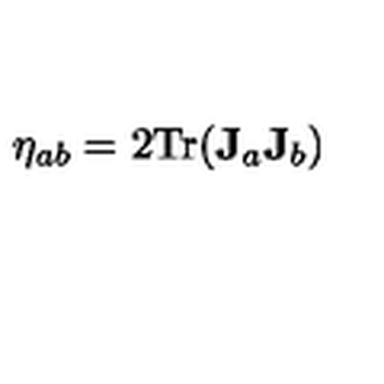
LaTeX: \eta _ { a b } = 2 { \mathrm { T r } } ( \mathbf { J } _ { a } \mathbf { J } _ { b } )